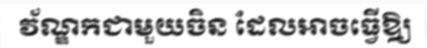
វ័ណ្ឌកជាមួយចិន ដែលអាចធ្វើឱ្យ